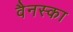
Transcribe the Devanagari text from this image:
वैनस्का